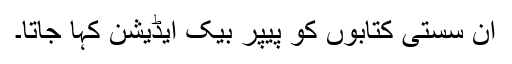
ان سستی کتابوں کو پیپر بیک ایڈیشن کہا جاتا۔